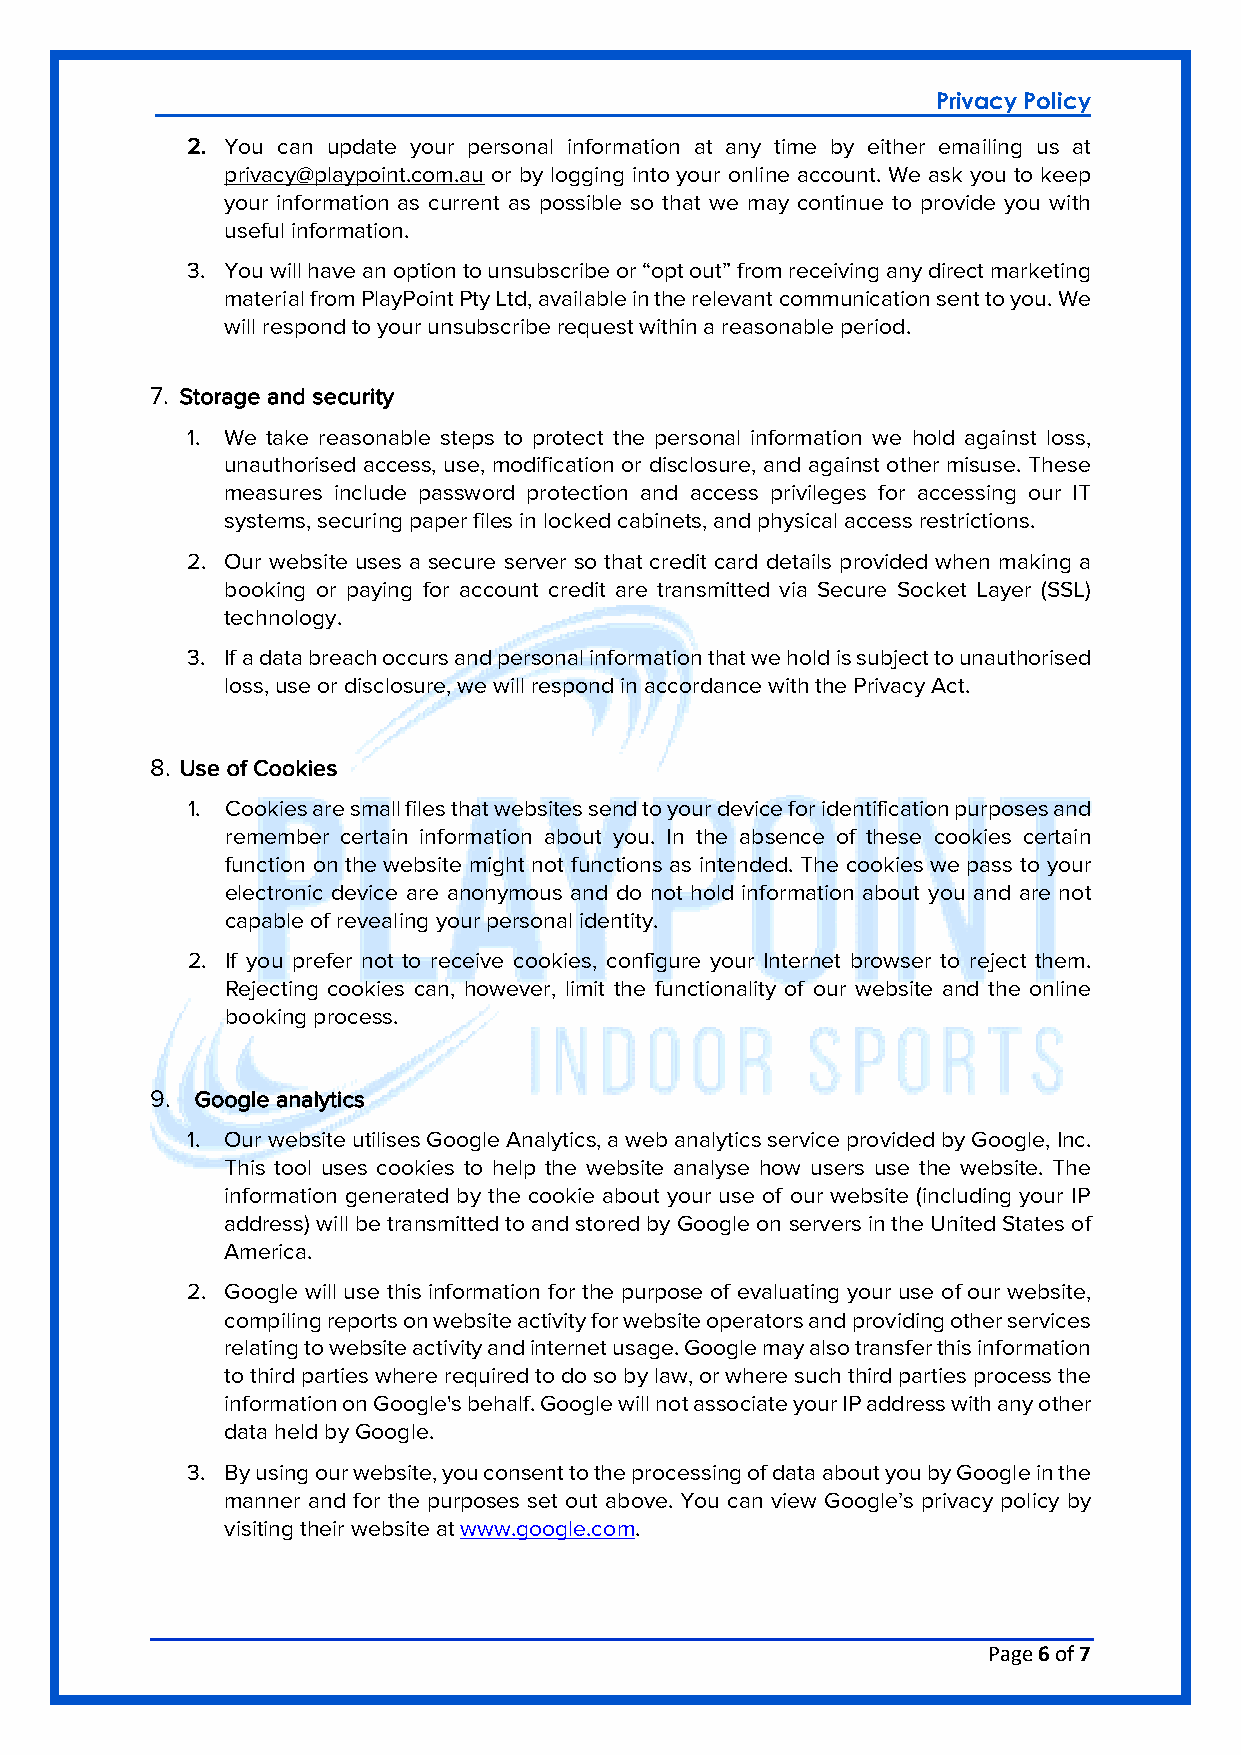
Privacy Policy
 2. You can update your personal information at any time by either emailing us at
 privacy@playpoint.com.au or by logging into your online account. We ask you to keep
 your information as current as possible so that we may continue to provide you with
 useful information.
 3. You will have an option to unsubscribe or “opt out” from receiving any direct marketing
 material from PlayPoint Pty Ltd, available in the relevant communication sent to you. We
 will respond to your unsubscribe request within a reasonable period.
 7. Storage and security
 1. We take reasonable steps to protect the personal information we hold against loss,
 unauthorised access, use, modification or disclosure, and against other misuse. These
 measures include password protection and access privileges for accessing our IT
 systems, securing paper files in locked cabinets, and physical access restrictions.
 2. Our website uses a secure server so that credit card details provided when making a
 booking or paying for account credit are transmitted via Secure Socket Layer (SSL)
 technology.
 3. If a data breach occurs and personal information that we hold is subject to unauthorised
 loss, use or disclosure, we will respond in accordance with the Privacy Act.
 8. Use of Cookies
 1. Cookies are small files that websites send to your device for identification purposes and
 remember certain information about you. In the absence of these cookies certain
 function on the website might not functions as intended. The cookies we pass to your
 electronic device are anonymous and do not hold information about you and are not
 capable of revealing your personal identity.
 2. If you prefer not to receive cookies, configure your Internet browser to reject them.
 Rejecting cookies can, however, limit the functionality of our website and the online
 booking process.
 9. Google analytics
 1. Our website utilises Google Analytics, a web analytics service provided by Google, Inc.
 This tool uses cookies to help the website analyse how users use the website. The
 information generated by the cookie about your use of our website (including your IP
 address) will be transmitted to and stored by Google on servers in the United States of
 America.
 2. Google will use this information for the purpose of evaluating your use of our website,
 compiling reports on website activity for website operators and providing other services
 relating to website activity and internet usage. Google may also transfer this information
 to third parties where required to do so by law, or where such third parties process the
 information on Google's behalf. Google will not associate your IP address with any other
 data held by Google.
 3. By using our website, you consent to the processing of data about you by Google in the
 manner and for the purposes set out above. You can view Google’s privacy policy by
 visiting their website at www.google.com.
 Page 6 of 7